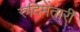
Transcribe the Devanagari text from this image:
रुदिमेंतारी